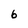
Character: 6